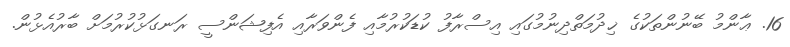
16. ޢާންމު ބޭނުންތަކުގެ ޚިދުމަތްދިނުމުގައި އިސްރާފު ކުޑަކުރުމާއި ފެންވަރާއި އެފިޝަންސީ ރަނގަޅުކުރުމަށް ބާރުއެޅުން.